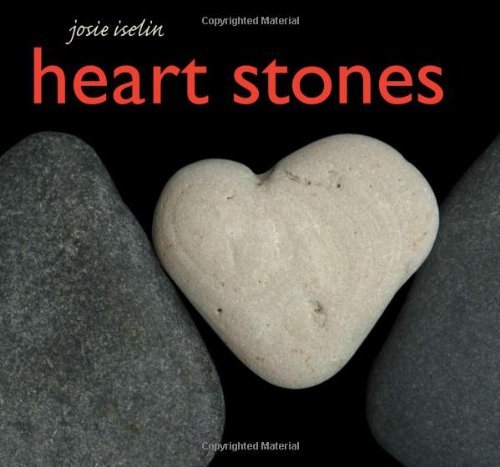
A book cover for Heart Stones; Arts & Photography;